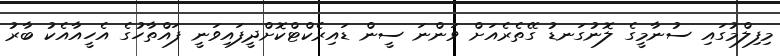
މިފިލްމުގައި ސުނާމީގެ ލޮނުގަނޑު ގޭތެރެއަށް ވަންނަ ސީން ޑައިރެކްޓްކޮށްދީފައިވަނީ ފައްތާހުގެ އެހީއާއެކު ބާރު